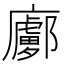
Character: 𢋽